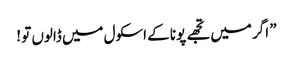
” اگر میں تجھے پونا کے اسکول میں ڈالوں تو !